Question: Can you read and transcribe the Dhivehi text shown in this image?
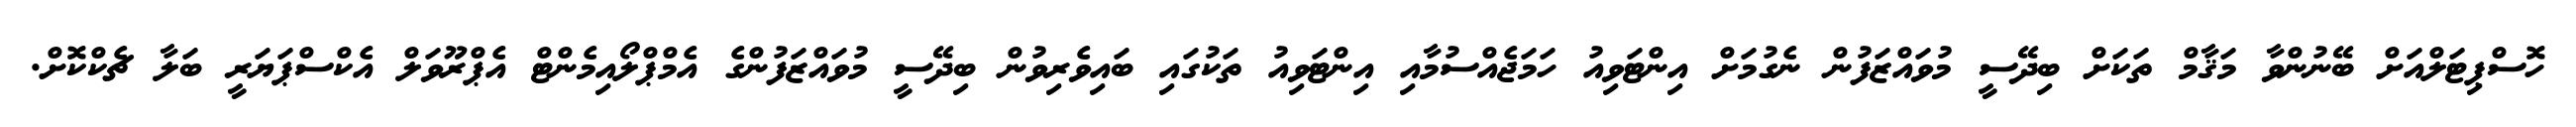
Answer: ހޮސްޕިޓަލްއަށް ބޭނުންވާ މަޤާމް ތަކަށް ބިދޭސީ މުވައްޒަފުން ނެގުމަށް އިންޓަވިއު ހަމަޖެއްސުމާއި އިންޓަވިއު ތަކުގައި ބައިވެރިވުން ބިދޭސީ މުވައްޒަފުންގެ އެމްޕްލޯއިމެންޓް އެޕްރޫވަލް އެކްސްޕަޔަރީ ބަލާ ޗެކްކޮށް.